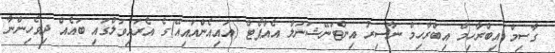
ގާސިމް އިބްރާހިމް އިބްރާހިމް ނާސިރު އިންޓަނޭޝަނަލް އެއާޕޯޓް (އައިއެންއައިއޭ)ގެ އެރައިވަލްގައި ބައެއް ދިވެހިންނާ